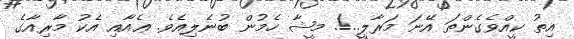
އިތު ކީއްވެގެންތަ އޭނަ މަރާލީ..!. މީޝާ ހެމުން ބުނެލިއެވެ. ޢެއާއި އެކު މާރިއާގެ